NAE_eestikeelseid_kaarte, lk 10
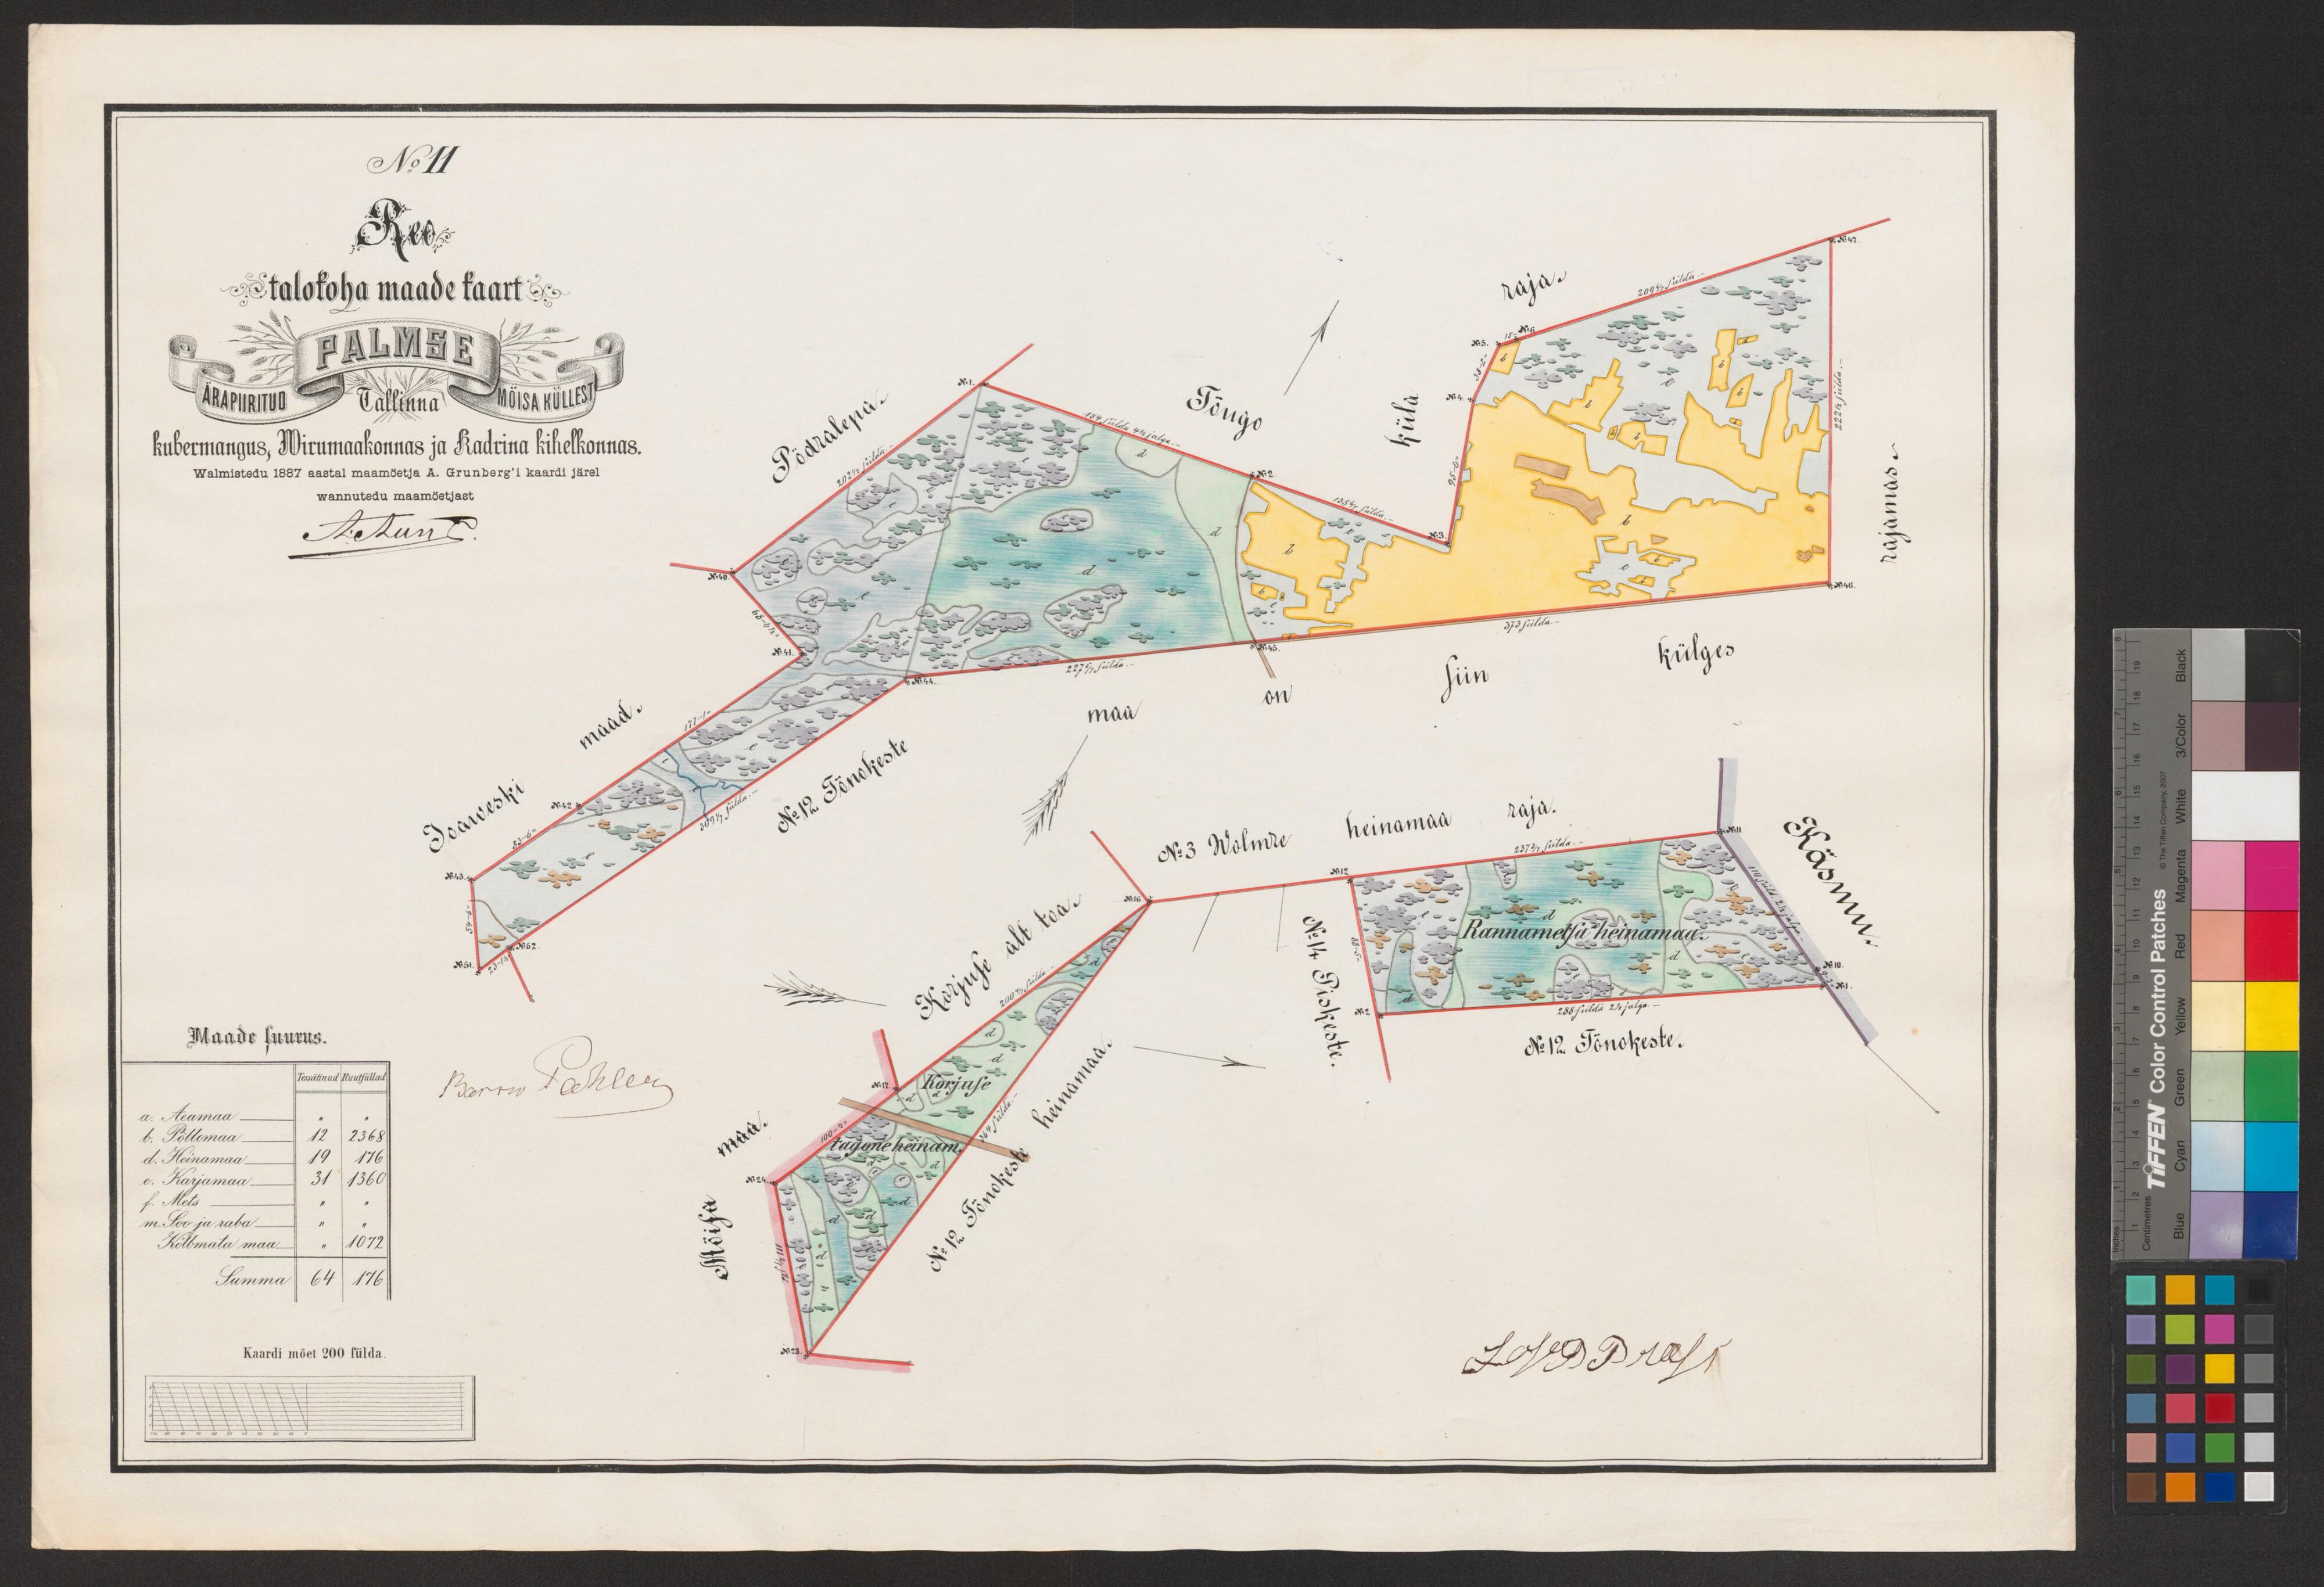
No11
Reo
talokoha maade kaart
kubermangus, Wiru maakonnas ja Kadrina kihelkonnas.
Walmistedu 1887 aastal maamöetja A. Grunberg'i kaardi järel
wannutedu maamöetjast
Rannametsa heinamaa
Maade suurus.
No: 23 Tönokeste.
a. Aeamaa
b. Pöllomaa
d. Heinamaa
e. Karjamaa
f. Mets
m. Soo ja raba
Kölbmata maa
Summa
Kaardi möet 200 sülda